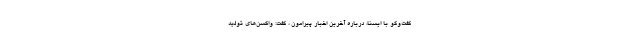
گفت‌وگو با ایسنا، درباره آخرین اخبار پیرامون ، گفت: واکسن‌های تولید